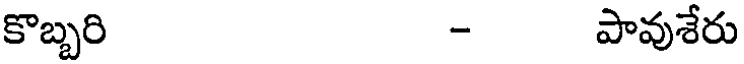
కొబ్బరి - పావుశేరు